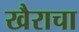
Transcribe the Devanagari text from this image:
खैराचा